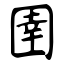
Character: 圉